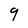
Character: 9